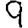
Digit: 9